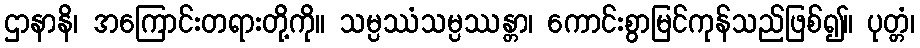
ဌာနာနိ၊ အကြောင်းတရားတို့ကို။ သမ္ပဿံသမ္ပဿန္တာ၊ ကောင်းစွာမြင်ကုန်သည်ဖြစ်၍။ ပုတ္တံ၊